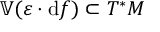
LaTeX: \mathbb { V } ( \varepsilon \cdot \mathrm { d } f ) \subset T ^ { * } M